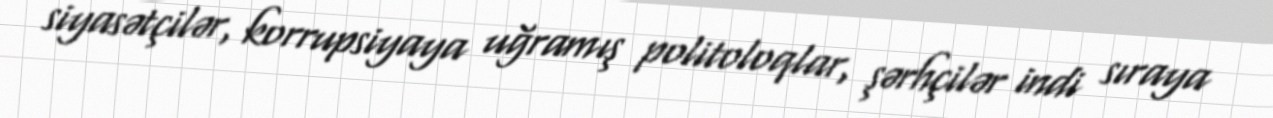
siyasətçilər, korrupsiyaya uğramış politoloqlar, şərhçilər indi sıraya